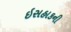
ઇસહાકની